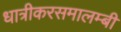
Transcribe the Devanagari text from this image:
धात्रीकरसमालम्बी